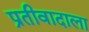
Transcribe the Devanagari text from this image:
प्रतीवादाला